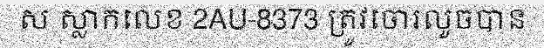
ស ស្លាកលេខ 2AU-8373 ត្រូវចោរលួចបាន